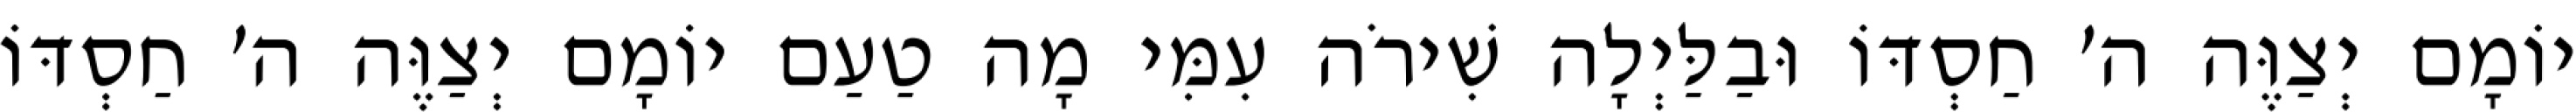
יוֹמָם יְצַוֶּה ה׳ חַסְדּוֹ וּבַלַּיְלָה שִׁירֹה עִמִּי מָה טַעַם יוֹמָם יְצַוֶּה ה׳ חַסְדּוֹ